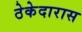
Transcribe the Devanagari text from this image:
ठेकेदारास